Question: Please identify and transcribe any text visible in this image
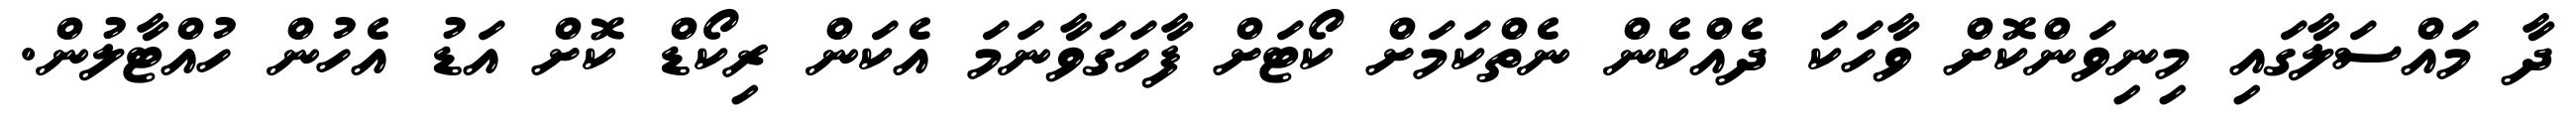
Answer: ދާ މައްސަލާގައި މިނިވަންކޮށް ވާހަކަ ދެއްކެން ނެތްކަމަށް ކޯޓަށް ފާހަގަވާނަމަ އެކަން ރިކޯޑް ކޮށް އަޑު އެހުން ހުއްޓާލުން.